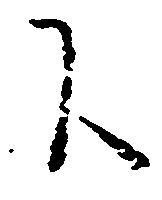
下